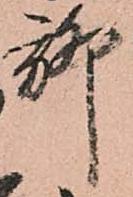
聊